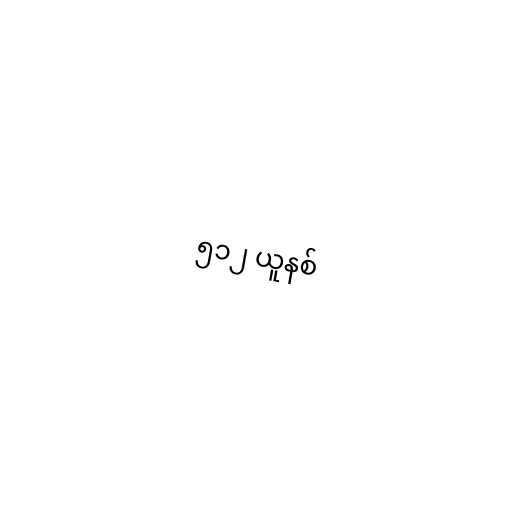
၅၁၂ ယူနစ်